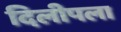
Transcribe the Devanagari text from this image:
दिलीपला